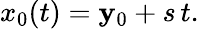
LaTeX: x_{0}(t)=\mathbf{y}_{0}+s\, t.